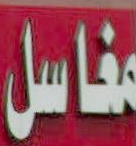
مفاصل